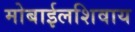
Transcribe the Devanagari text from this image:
मोबाईलशिवाय